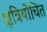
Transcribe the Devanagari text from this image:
क्षत्रियोचित